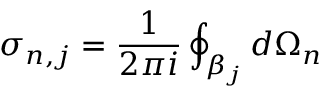
\sigma _ { n , j } = \frac { 1 } { 2 \pi i } \oint _ { \beta _ { j } } d \Omega _ { n }